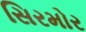
સિરમોર